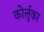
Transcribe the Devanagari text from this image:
कोर्लुका